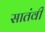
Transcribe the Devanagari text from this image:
सातंवी